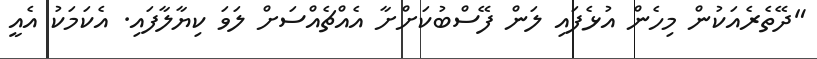
"ދޭތެރެއަކުން މިހެން އުޅެފައި ލަން ފޭސްބުކަށްށާ އެއްޗެއްސަށް ލަވަ ކިޔާލާފައި. އެކަމަކު އެއީ